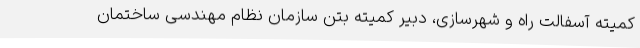
کمیته آسفالت راه و شهرسازی، دبیر کمیته بتن سازمان نظام مهندسی ساختمان